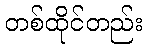
တစ်ထိုင်တည်း